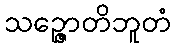
သဉ္ဇောတိဘူတံ